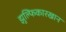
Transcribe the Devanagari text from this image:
झुल्फिकारखान